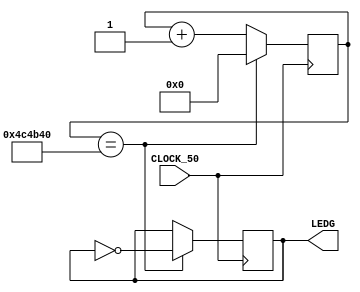
module contador(input CLOCK_50, output [0:0]LEDG);

	reg led = 1;

	reg [31:0] contador;

	assign LEDG[0] = led;

	always @(posedge CLOCK_50) begin
		if(contador == 5000000) begin
			led = ~led;
			contador = 0;
		end 
		else begin
			contador = contador + 1;
		end 	
	end

endmodule